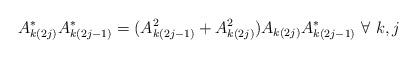
LaTeX: \begin{align*} A_{k(2j)}^* A_{k(2j-1)}^* = (A_{k(2j-1)}^2 + A_{k(2j)}^2)A_{k(2j)}A_{k(2j-1)}^* \ \forall \ k,j \end{align*}